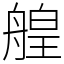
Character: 艎